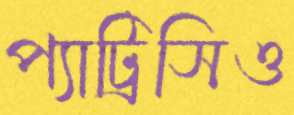
প্যাট্রিসিও